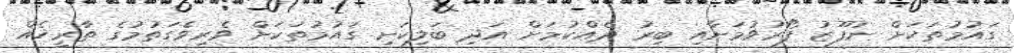
ގައުމުތަކަށް ނުފޫޒު ފޯރުވުމަށާއި ބިރު ދެއްކުމަށް އަދި ބަލިކަށި ގައުމުތަކަށް ވެރިވެގަތުމުގެ ތާރީޚެއް